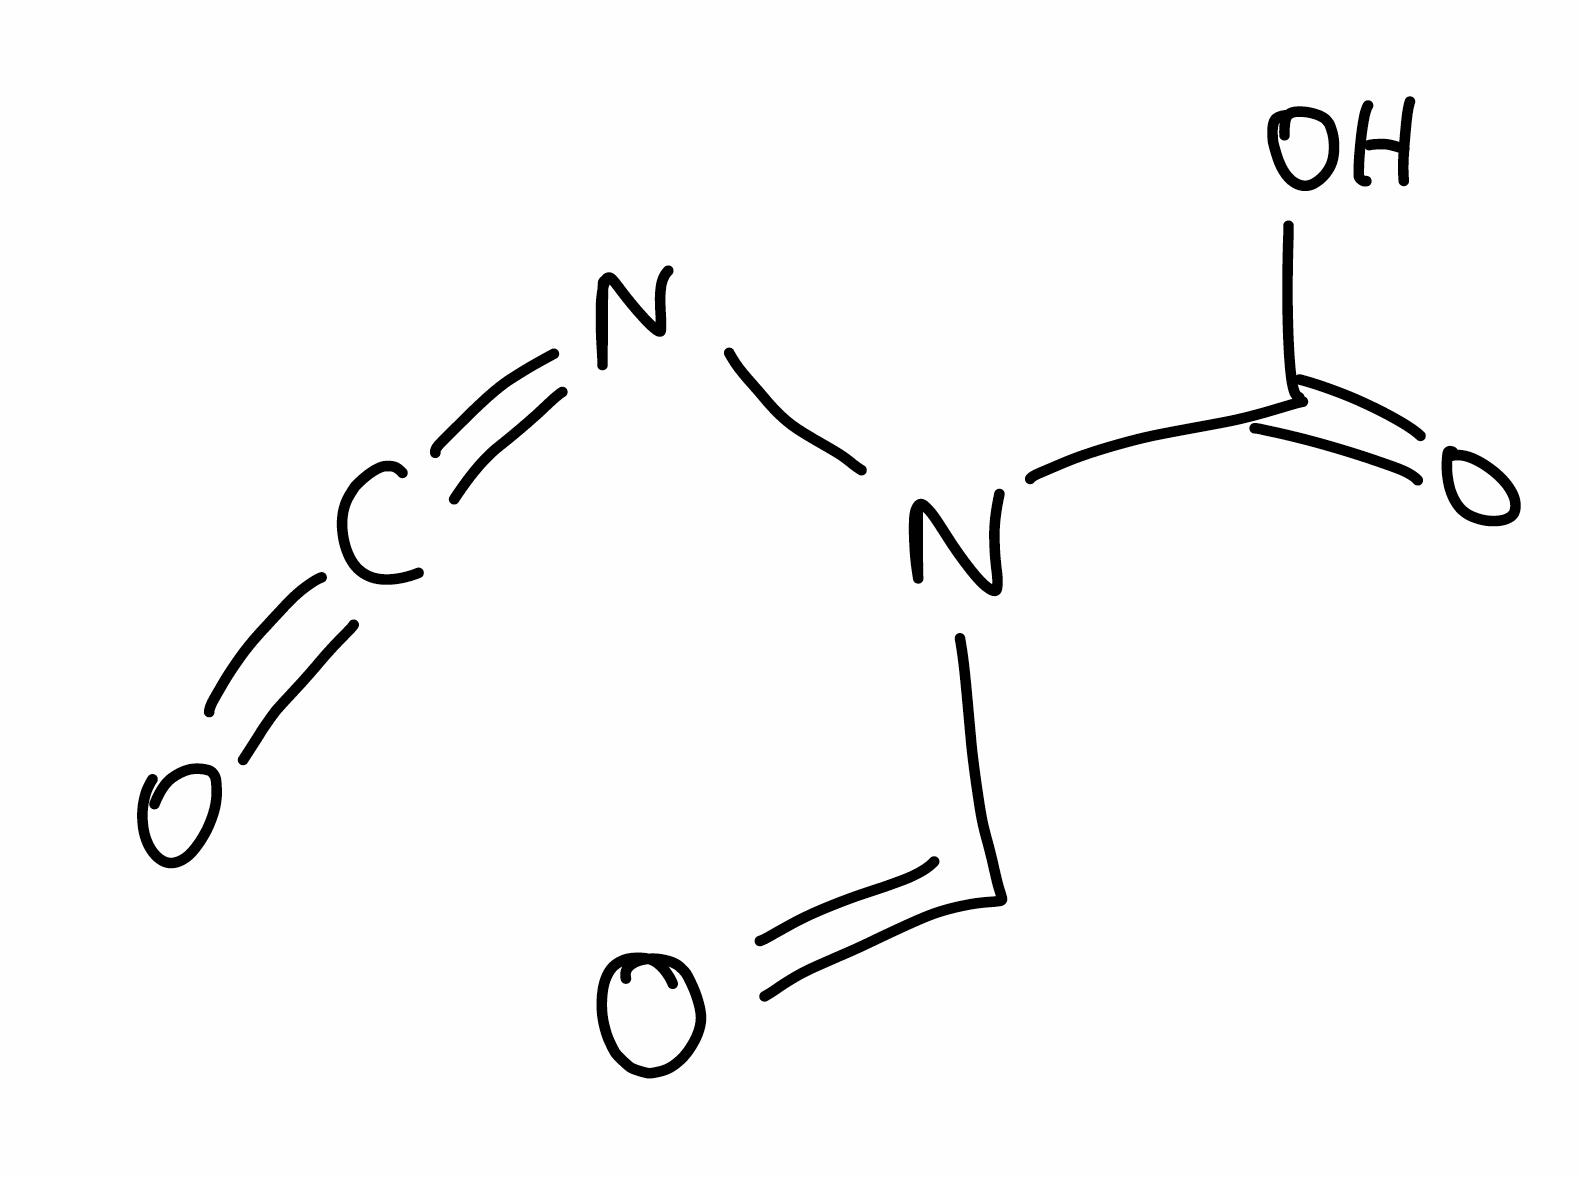
Simplified molecular-input line-entry system (SMILES) notation of the given molecule:
C(=O)N(C(=O)O)N=C=O